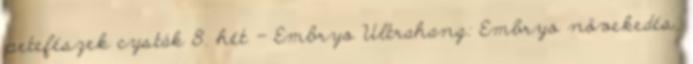
petefészek cysták 8. hét - Embryo Ultrahang: Embryo növekedés,